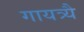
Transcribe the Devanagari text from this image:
गायत्र्यै